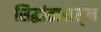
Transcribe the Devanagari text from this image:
सिद्धांतापासून